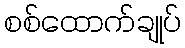
စစ်ထောက်ချုပ်